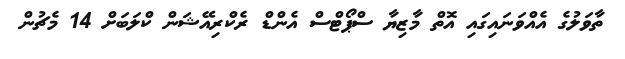
ތާވަލުގެ އެއްވަނައިގައި އޮތް މާޒިޔާ ސްޕޯޓްސް އެންޑް ރެކްރިއޭޝަން ކްލަބަށް 14 މެޗުން